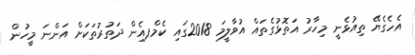
އެހެގެޔޭ ތިއުޅެނީ މިހާރު އަތޮޅުގެތައް އުވާލީމަ 2018ގައި ކެމްޕއެިން ދަތުރުތަކަށް އަންނަ މީހުން